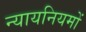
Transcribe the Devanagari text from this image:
न्यायनियमों